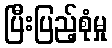
ပြီးပြည့်စုံမှု